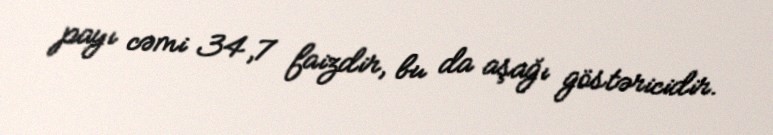
payı cəmi 34,7 faizdir, bu da aşağı göstəricidir.